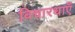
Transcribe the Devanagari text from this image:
विचारधाएँ